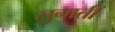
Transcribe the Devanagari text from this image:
सुनातीं